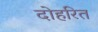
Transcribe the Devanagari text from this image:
दोहरित